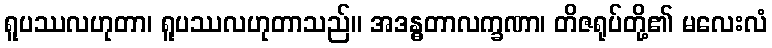
ရူပဿလဟုတာ၊ ရူပဿလဟုတာသည်။ အဒန္ဓတာလက္ခဏာ၊ တိဇရုပ်တို့၏ မလေးလံ